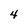
Character: 4